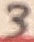
Text: 3